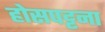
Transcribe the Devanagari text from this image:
होसपट्टना